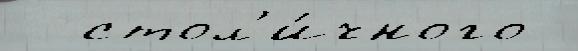
  стол'и́чного